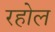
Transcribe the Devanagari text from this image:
रहोल